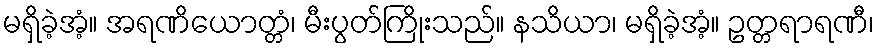
မရှိခဲ့အံ့။ အရဏိယောတ္တံ၊ မီးပွတ်ကြိုးသည်။ နသိယာ၊ မရှိခဲ့အံ့။ ဥတ္တရာရဏီ၊